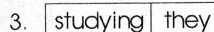
3.studying the